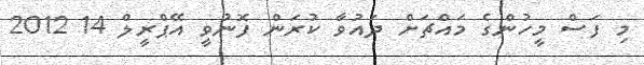
މި ފަސް މީހުންގެ މައްޗަށް ދައުވާ ކުރަން ފޮނުވީ އޭޕްރީލް 14 2012